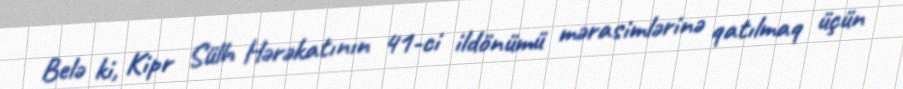
Belə ki, Kipr Sülh Hərəkatının 41-ci ildönümü mərasimlərinə qatılmaq üçün